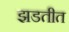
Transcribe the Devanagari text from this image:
झडतीत